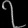
Digit: ၇